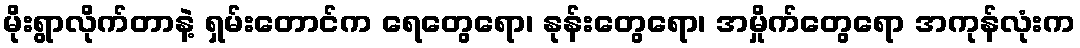
မိုးရွာလိုက်တာနဲ့ ရှမ်းတောင်က ရေတွေရော၊ နုန်းတွေရော၊ အမှိုက်တွေရော အကုန်လုံးက